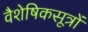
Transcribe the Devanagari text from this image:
वैशेषिकसूत्रों